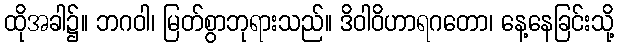
ထိုအခါ၌။ ဘဂဝါ၊ မြတ်စွာဘုရားသည်။ ဒိဝါဝိဟာရဂတော၊ နေ့နေခြင်းသို့